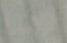
دما